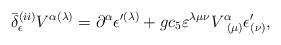
\begin{align*}\bar{\delta}_{\epsilon }^{(ii)}V^{\alpha (\lambda )}=\partial ^{\alpha}\epsilon ^{\prime (\lambda )}+gc_{5}\varepsilon ^{\lambda \mu \nu}V_{\;\;(\mu )}^{\alpha }\epsilon _{(\nu )}^{\prime }, \end{align*}